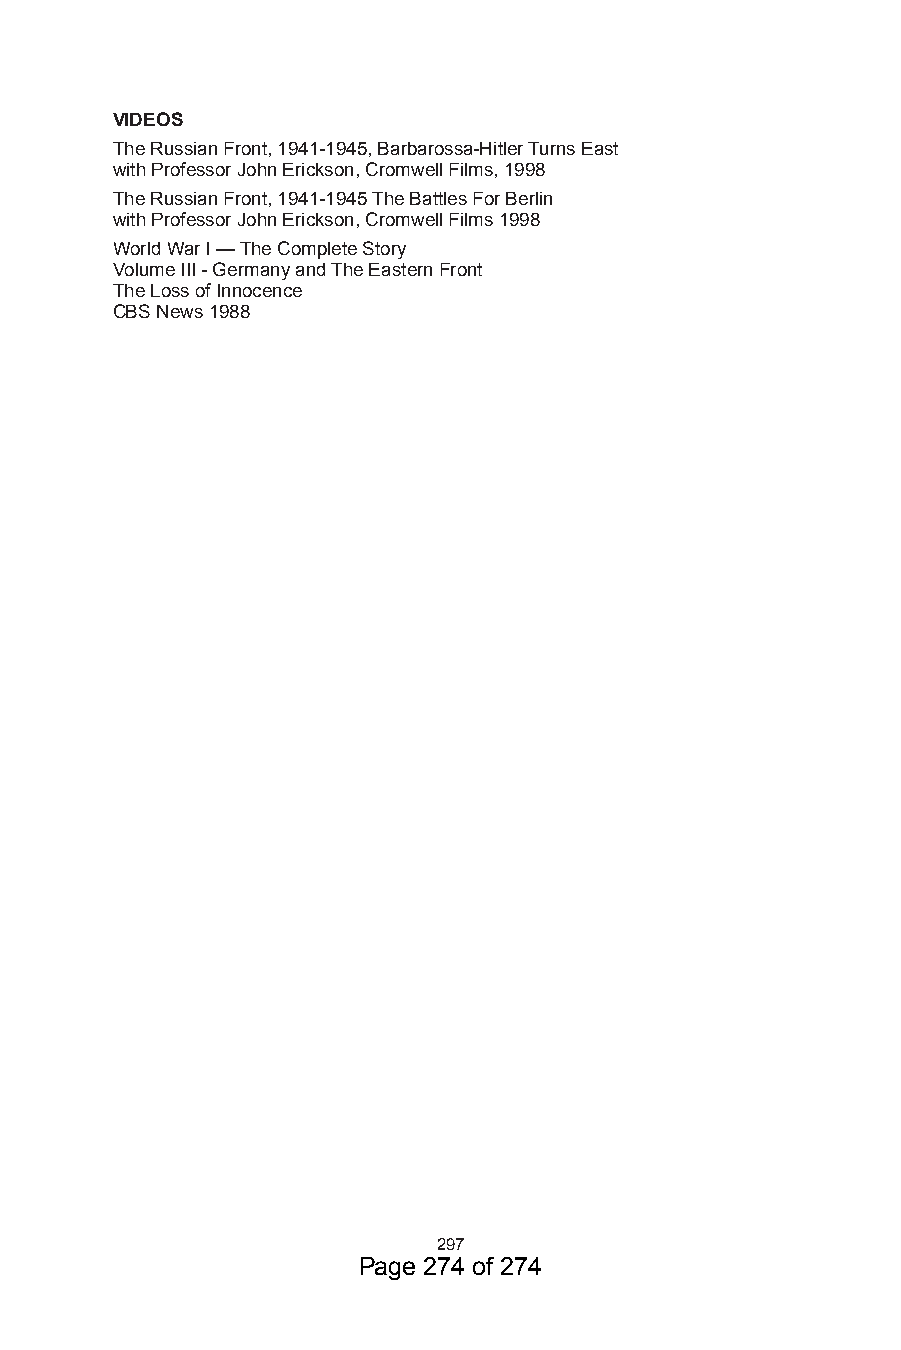
VIDEOS
 The Russian Front, 94-945, Barbarossa-Hitler Turns East
 with Professor John Erickson, Cromwell Films, 998
 The Russian Front, 94-945 The Battles For Berlin
 with Professor John Erickson, Cromwell Films 998
 World War I — The Complete Story
 Volume III - Germany and The Eastern Front
 The Loss of Innocence
 CBS News 988
 97
 Page 274 of 274